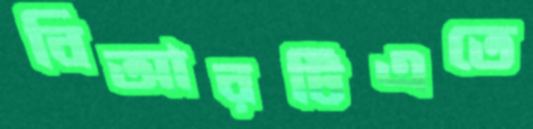
বিআরটিএতে